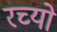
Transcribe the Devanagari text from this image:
रच्यो